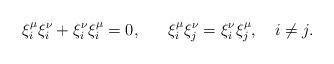
LaTeX: \begin{align*}\xi^\mu_i \xi^\nu_i+\xi^\nu_i\xi^\mu_i = 0, ~~~~~\xi^\mu_i \xi^\nu_j=\xi^\nu_i\xi^\mu_j, ~~~i\neq j .\end{align*}